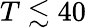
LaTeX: T\lesssim 40